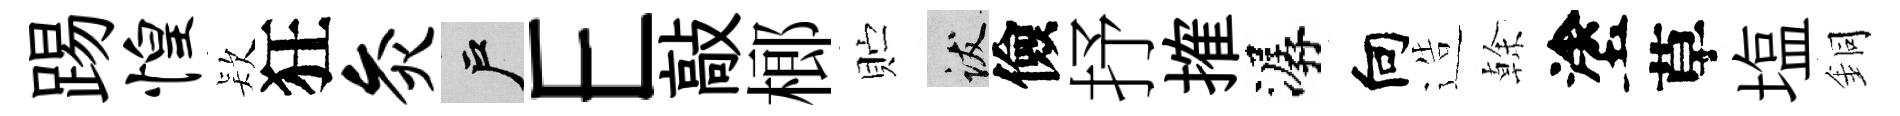
踢惶𣣇狂灸户E敲榔贮跋儉抒搉潺向造𠏉塗草塩銅